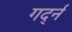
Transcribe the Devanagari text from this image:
गर्द्न